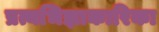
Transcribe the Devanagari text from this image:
प्रत्यभिज्ञाकारिका